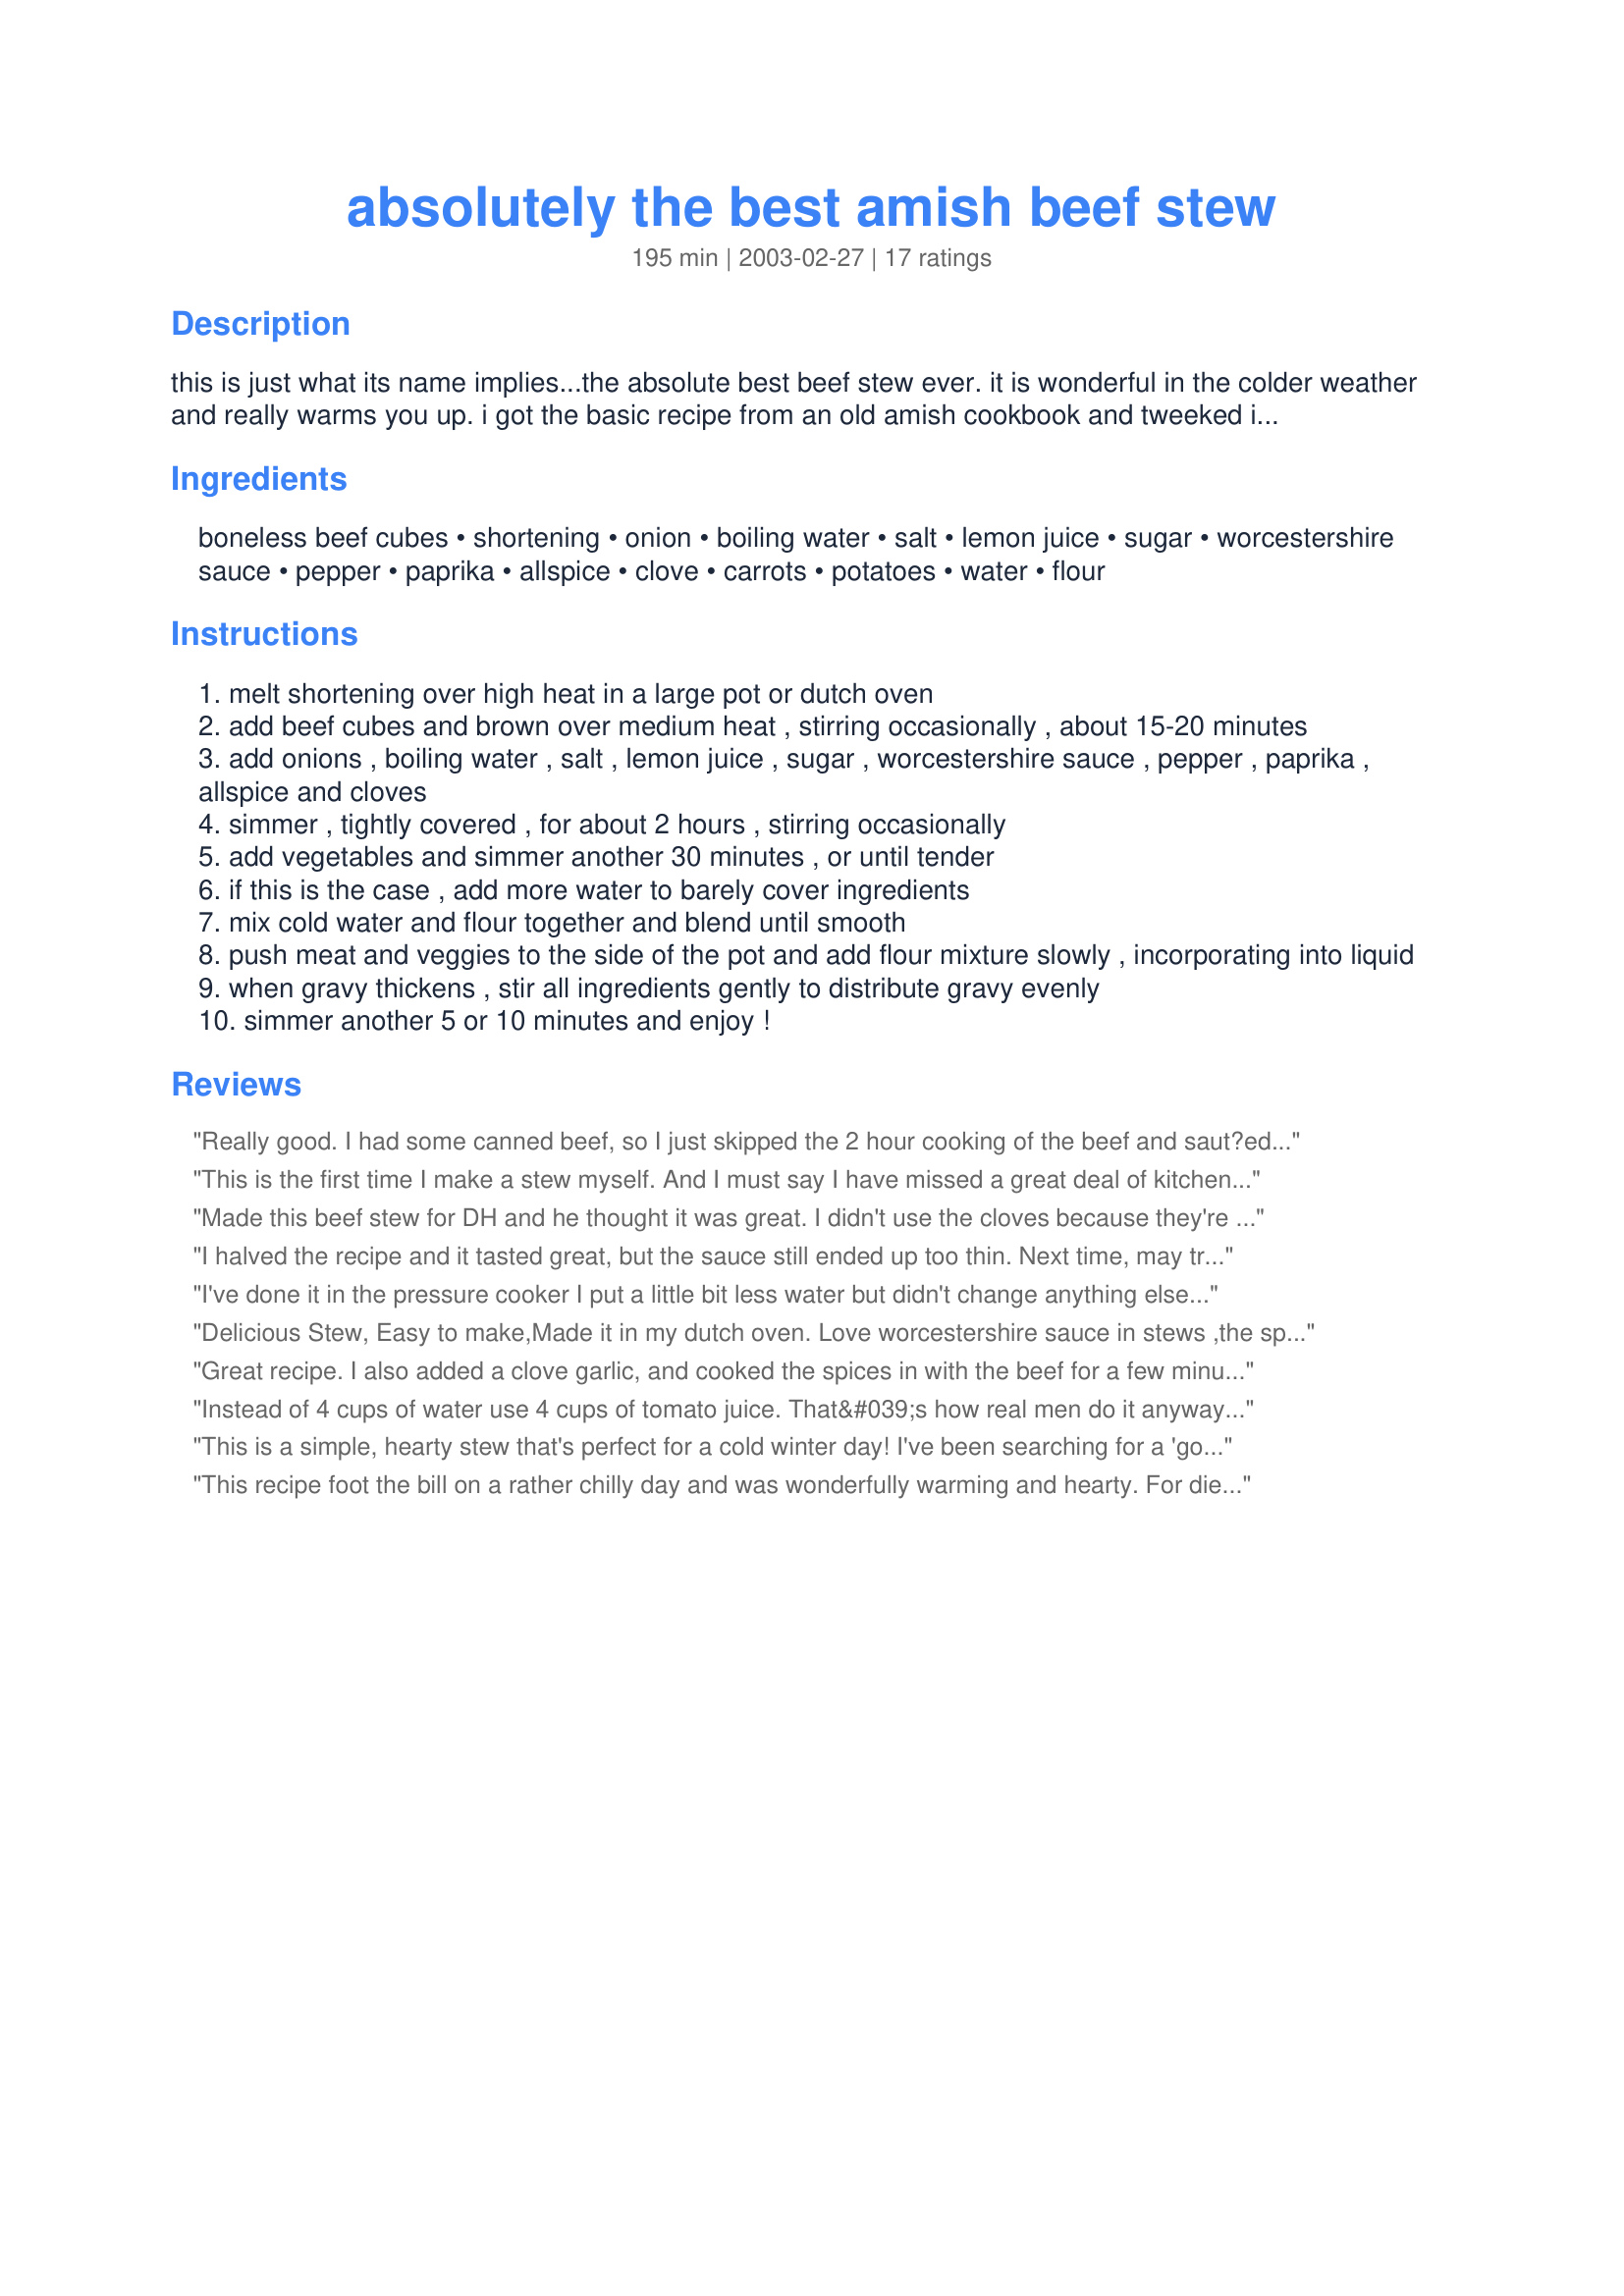
absolutely the best amish beef stew
Preparation time: 195 minutes

this is just what its name implies...the absolute best beef stew ever. it is wonderful in the colder weather and really warms you up. i got the basic recipe from an old amish cookbook and tweeked it a bit. my family loves it with home baked bread, so i always make amish white bread, recipe #26526 to go along with it.

Ingredients:
boneless beef cubes, shortening, onion, boiling water, salt, lemon juice, sugar, worcestershire sauce, pepper, paprika, allspice, clove, carrots, potatoes, water, flour

Steps:
melt shortening over high heat in a large pot or dutch oven
add beef cubes and brown over medium heat , stirring occasionally , about 15-20 minutes
add onions , boiling water , salt , lemon juice , sugar , worcestershire sauce , pepper , paprika , allspice and cloves
simmer , tightly covered , for about 2 hours , stirring occasionally
add vegetables and simmer another 30 minutes , or until tender
if this is the case , add more water to barely cover ingredients
mix cold water and flour together and blend until smooth
push meat and veggies to the side of the pot and add flour mixture slowly , incorporating into liquid
when gravy thickens , stir all ingredients gently to distribute gravy evenly
simmer another 5 or 10 minutes and enjoy !

Reviews:
Really good. I had some canned beef, so I just skipped the 2 hour cooking of the beef and saut?ed the onions in the oil and spices a little while before adding the veggies. I added the beef long enough to warm and get some of the flavoring. It worked great.
This is the first time I make a stew myself. And I must say I have missed a great deal of kitchen goodness in not trying it before.
Incredibly simple to make and such a great taste to greet the cold days.
Thanks Karen for a perfect recipe.
I did everything exactly as directed and it came out wonderful. If I could give it more stars I would certainly do.
If you could smell it too right now...
Made this beef stew for DH and he thought it was great. I didn't use the cloves because they're awfully expensive at the store. Instead I used a dash of cinnamon and I added a bit more of the flour/water mixture as mine didn't thicken as much as I'd liked with the first bit. I'll definitely be making this recipe again. Thanks for posting!
I halved the recipe and it tasted great, but the sauce still ended up too thin. Next time, may try not halving the amount of flour.
I've done it in the pressure cooker I put a little bit less water but didn't change anything else, and it was super good.
Delicious Stew, Easy to make,Made it in my dutch oven. Love worcestershire sauce in stews ,the spices added a nice flavor. Used baby carrots and small red potatoes. Served it with Tasty Buns. Recipe is a KEEPER.
Great recipe. I also added a clove garlic, and cooked the spices in with the beef for a few minutes before adding my water. Mine started on the stove for 2 hours, then I stuck it in the oven at 300 for another hour when I had to run out. Added the potatoes and carrots and placed back on the stove for 30 min when I came home. This is just nice, simple comfort food on a very cold night. Served with french bread and family loved it. Thanks for posting!
Instead of 4 cups of water use 4 cups of tomato juice. That&#039;s how real men do it anyway...
This is a simple, hearty stew that's perfect for a cold winter day! I've been searching for a 'go to' beef stew recipe for a LONG time and I've certainly found it here. Thanks for a great recipe and a new family staple.
This recipe foot the bill on a rather chilly day and was wonderfully warming and hearty. For dietary reasons, I omited the oil and sugar, and cut to salt to 1/4 tsp with good success. Don't be afraid of the allspice and cloves as the stew turns out beautifully and richly spiced. Thank you Karen for sharing the recipe.
I really enjoyed this recipe. I doubled the spices, though kept the liquid amount the same so it was nice and flavourful. I did add garlic as well and it all came together nicely. It still managed to be more of a light tasting stew, which we all liked. The house smelled AMAZING the entire time it was cooking! Thanks for a nice and easy recipe :)
This was so totally yummy! I have been experimenting with stews lately and I just have not been able to get it right. I shall look no more for another recipe. This was so easy and tastes fantastic! Thanks so much for posting it. My 5 children and my husband loved it too. I had no idea that those spices would make it taste so good. Thanks to you Karen and the Amish!! Happy Eating!<br/><br/>Just wanted to update and let you know how much we love this recipe. It's now 2011 and we've been enjoying this as our ONLY stew recipe all these years now. It's simply the best ever!
Yummy stew, nicely spiced. Went over well with the kids. Made it in the crockpot cutting the beef and vegetables into little cubes. Cooked on high for 5 hours. Perfect.
This tastes really yummo! Not sure how to make it a little thicker tho'. Had to add more water even with a tight lid. But it is worth the effort!
this is a fantastic dish. have made it several times now. i have to say that i did alter it (!!) for our own tastes. so, i doubled the spice and sauce requirements, to make it ultra tasty. otherwise i found that it smelt more mouth watering than it actually tasted. i also added a clove or 2 of chopped garlic, halved the potato's and kept the carrot requirement. using cubed veal is an option that works very well, too. yes, you may need to add extra water as it cooks and i tend not to add the flour, which does work very well if you choose to. we serve it with fresh chopped spinach or another green and the last time i also served it with a toasted piece of buttered continental bread. will continue to make it again!!
also the longer you leave it, like any great stew, the better it gets. YUM!
thankyou, karen!
Excellent! What a wonderful, simple, and delicious recipe. I made it exactly as written and then added some corn and peas. It is comfort food at its best. Thanks for sharing.
So very basic and so comforting. We made this exact to recipe quantities and instructions except used moose meat. Don't you just hate when somebody says exact except!! Wonderful stew - not too heavy with too many combos of flavors. Almost tempted to add garlic since it seems we're putting garlic into everything but held back so we could experience the flavors as written. Will definitely make again.
